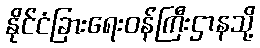
နိုင်ငံခြားရေးဝန်ကြီးဌာနသို့